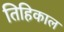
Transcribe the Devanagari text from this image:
तिहिकाल